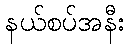
နယ်စပ်အနီး